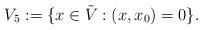
LaTeX: \begin{align*} V_5 := \{x \in \tilde V: (x,x_0) = 0\}.\end{align*}